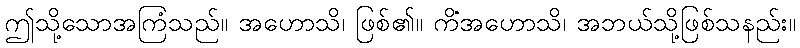
ဤသို့သောအကြံသည်။ အဟောသိ၊ ဖြစ်၏။ ကိံအဟောသိ၊ အဘယ်သို့ဖြစ်သနည်း။